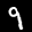
Label: 9